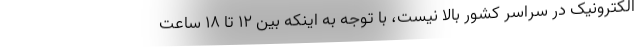
الکترونیک در سراسر کشور بالا نیست، با توجه به اینکه بین ۱۲ تا ۱۸ ساعت